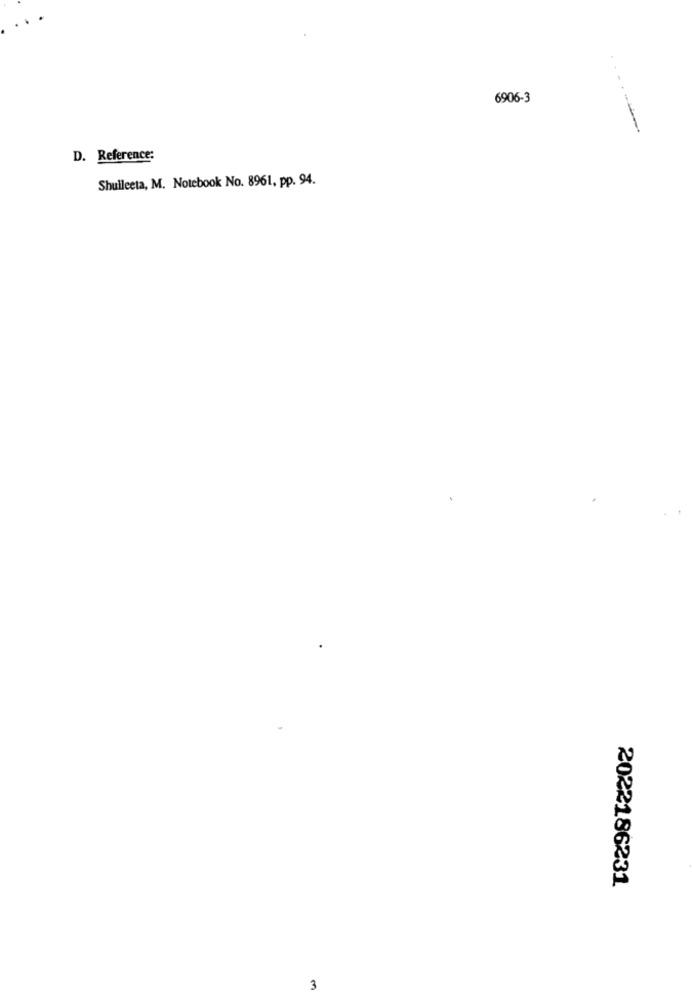
6906-3
D. Reference:
Shulleeta, M. Notebook No. 8961, pp. 94.
2022186231
3